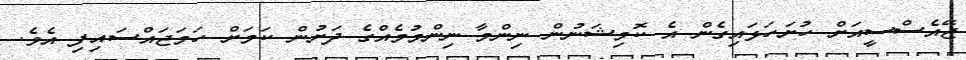
ޖޭއެސްސީއަށް ހުށަހަޅައިގެން އެ ކޮމިޝަނުން ނިންމާ ނިންމުމެއްގެ ދަށުން ކަމަށް ހަމަޖައްސައިފި އެވެ.